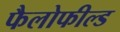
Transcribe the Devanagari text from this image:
फैलोफील्ड